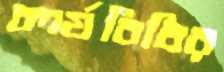
কার্যবিধির